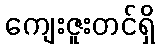
ကျေးဇူးတင်ရှိ